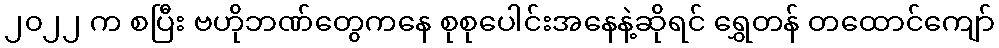
၂၀၂၂ က စပြီး ဗဟိုဘဏ်တွေကနေ စုစုပေါင်းအနေနဲ့ဆိုရင် ရွှေတန် တထောင်ကျော်